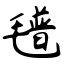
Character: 氆